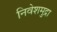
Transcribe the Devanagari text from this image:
निवेशमुद्रा